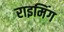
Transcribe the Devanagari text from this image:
राइमिंग